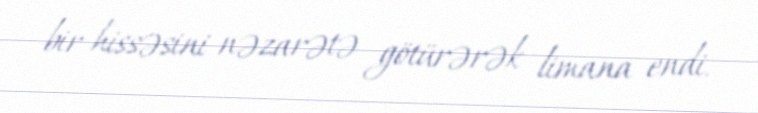
bir hissəsini nəzarətə götürərək limana endi.